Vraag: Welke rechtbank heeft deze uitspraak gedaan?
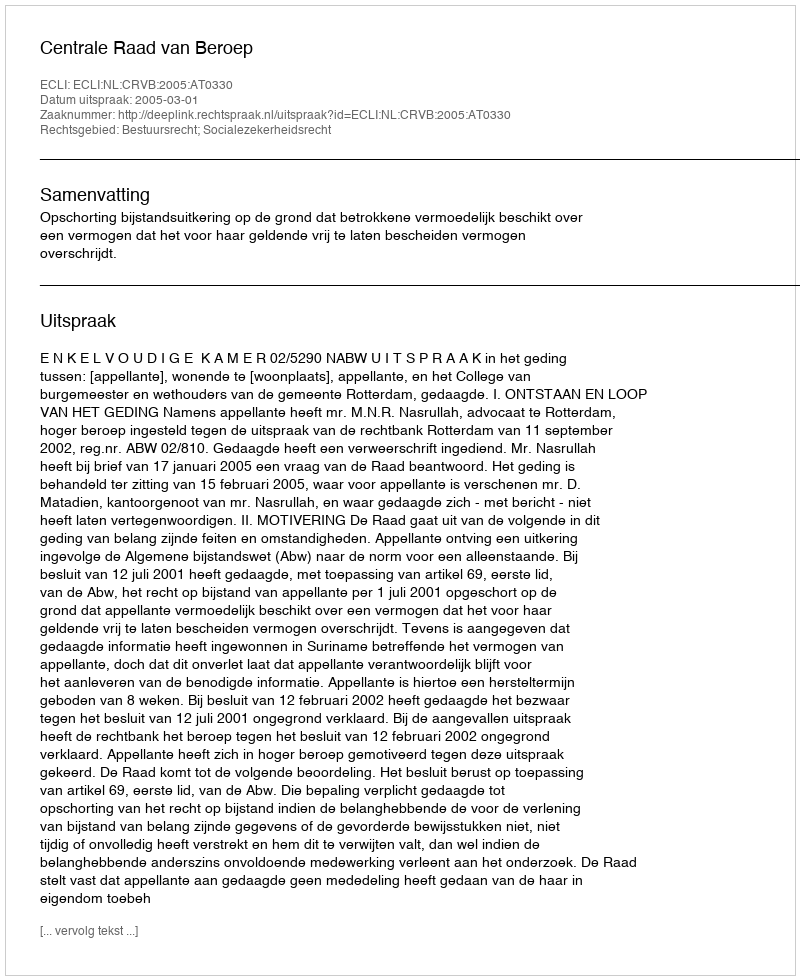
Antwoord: Centrale Raad van Beroep